Annual report of the Punjab Veterinary College and of the Civil Veterinary Department, Punjab - 1909-1919
Year: 1909
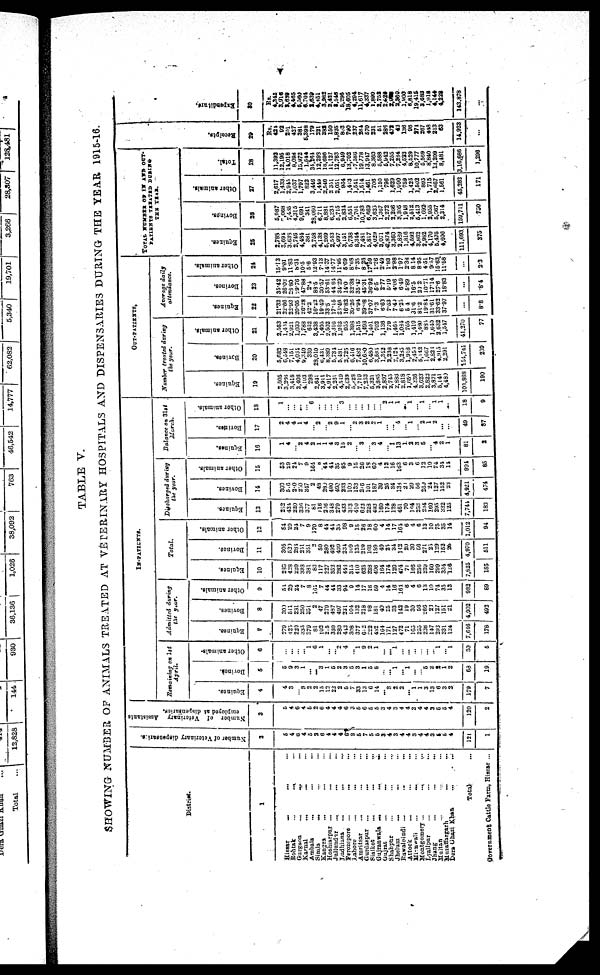
v
TABLE V.
SHOWING NUMBER OF ANIMALS TREATED AT VETERINARY HOSPITALS AND DISPENSARIES DURING THE YEAR 1915-16.
District.
1
Hissar
...
... ... ...
Rohtak
...
... ...
Gurgaon
...
... ...
Karnal
...
...
...
Ambala
...
Simla
...
...
Kangra ... ...
Hoshiarpur ... ... ...
Jullundar ... ... ...
Ludhiana
...
...
Ferozepore
... ... ...
Lahore ... ...
Amritsar
... ... ...
Gurdaspur ... ...
Sialkot ... ... ...
Gujranwala ...
...
...
Gujrat
... ... ..
Shahpur ... ... ...
Jhelum
...
Rawalpindi ...
Attock ... ... ...
Mianwali
...
... ...
Montgomery ...
Lyallpur ... ... ...
Jhang ... ... ...
Multan ... ... ...
Muzaffargarh ... ...
Dera Ghazi Khan
...
...
Total ...
Government
Cattle Farm, Hiasar ...
Number
of Veterinary dispenearies.
2
5
4
6
4
5
2
6
4
4
4
6
3
5
7
5
5
3
4
3
4
4
3
4
4
3
5 5
4
121
1
Number of Vetorinary Assistants
employed at dispeneäries.
3
5
4
6
4
6
2
6
4
4
4
6
3
5
6
5
5
3
4
3
4
4
2
4
4
3
5
5
4
120
2
IN-PATIENTS.
Remaining on 1st
April.
Equines.
4
4
3
... 3
2
2
15
12
22
2
5
7
33
13
6
14
... 3
2
2
... 1
1
3
13
6
3
2
179
7
Bovines.
5
5
9
3
1
...
... 3
1
5
2
3
5
3
1
5
5
..
... 1
... 1
...
5
2
2
1
2
68
19
Other animals-
6
... ...
...
... 1
6
1
...
2
4
... 1
9
2
1
...
... 1
...
...
...
...
...
... 1
... 1
30
5
Admitted
during
the year.
Equines.
7
279
425
220
335
379
81
102
2 5
330
280
443
308
377
612
222
482
164
171
127
472
71
165
255
238
147
293
331
124
7,646
178
Bovines.
8
300
511
281
250
351
2
47
279
487
497
231
104
132
218
98
181
40
25
33
142
19
39
58
266
23
127
151
21
4,902
492
Other animals.
9
51
29
24
7
8
... 7
44
41
33
94
9
14
17
16
59
4
14
16
164
6
4
6
13
10
74
35
13
982
89
Total.
Equines.
10
286
428
220
333
381
83
117
227
352
282
448
315
410
625
223
496
164
174
129
474
71
166
256
239
160
299
334
126
7,825
185
Bovines.
11
305
520
284
251
351
2 50
280
492
490
234
169
135
219
103
189
40
25
34
142
20
30
56
271
25
129
152
26
4,970
511
Other animals.
12
54
29
24
7
9
170
8
44
41
35
98
9
15
26
18
60
4
14
17
164
6
4
6
13
10
75
35
14
1,042
94
Discharged
during
the year.
Equines.
13
282
424
220
336
377
81
116
226
348
279
433
313
410
622
228
493 160
174
128
461
70
164
253
234
160
295
332
125
7,744
186
Bovines,
14
303
5 6
2 0
250
347
2
48
280
490
490
233
109
133
216
101
187
39
...... 34
138
20
29
56
260
24
127
152
23
4,921
474
Other animals.
15
53
29
24
.. 9
164
8
44
44
35
95
9
15
26
18
60
4
12
16
163
6
3
6
12
10
74
34
14
994
85
Balance on 31st
March.
Equines.
16
1
4
... 2
4
2
1
1
4
3
15
2
..... 3
...... 3
4
...... 1
13
1
2
3
5
.. 4
2
1
81
2
Bovines.
17
2
4
4
1
4
... 2
.... 2
9
1
... 2
3
2
... 1
...
... 4
... 1
.. 2
1
2
...
...
49
97
Othor animals.
13
1
...
...
...
.. 6
...
...
....
.... 3
...
....
...
....
...
... 2
1
1
... 1
.. 1
... 1
1
....
18
9
OUT-PATIENTS.
Number treated during
the year.
Equines.
19
2,505
3.266
3,418
2,408
4,103
298
2,641
3,911
4,917
2,260
4,519
2,539
5,829
7,719
7,253
5,321
3,865
2,897
2,745
2,883
2,818
1,659
4,336
3,623
2,822
3,871
5,141
4,480
103,868
190
Bovines.
20
5,682
6,548
7,151
4,054
9,310
339
23,010
6,434
8,389
5,734
5,481
2,725
6,416
7,482
10,680
6,480
3,585
1,342
2,238
2,124
3,285
1,918
2,455
5,142
1,667
2,821
2,915
2,291
151,741
239
Other animals.
21
2,563
1,494
2.921
1,039
1,788
652
3,438
1,405
2,502
2,316
1,853
955
1,398
1,515
1,496
1,401
702
1,136
779
1,465
1,084
765
1,419
1,480
885
1,640
2,632
1,547
41,270
77
Average daily
attendance.
Equines.
22
21.32
22.66
22.93
20.05
26.28
42.2
16.22
19.49
33.5
17.15
33.46
16.82
30.26
6.94
39.08
37.07
7.3
6.63
7.53
7.40
6.25
5.4
31.6
81.2
19.84
31.61
33.62
37.97
...
8.8
Bovines.
23
35.42
26.02
28.80
29.76
47.88
2.4
88.5
30.57
53.61
44.64
34.29
14.0
32.38
35.47
45.31
36.92
5.5
2.77
5.19
4.06
6.49
5.89
16.5
20.2
10.71
17.14
27.6
18.83
...
8.4
Other animals.
24
15.13
9.91
11.83
8.31
10.5
5.6
12.93
7.13
14.37
14.77
11.95
5.69
8.68
7.35
8.26
17.59
1.26
2.49
1.83
2.98
1.97
2.38
8.14
8.95
4.51
9.57
15.63
11.68
2.3
TOTAL NUMBER OF IN AND OUT-
PATIENTS TERATED DURING
THE YEAR.
Equines.
25
2,788
3,694
3,633
2,746
4,434
381
2,758
4,133
5,269
2,543
4,997
3,151
5,738
8,344
7,481
5,817
4,029
3,071
2,874
3,360
2,889
1,816
4,592
3,862
2,982
4,170
5,475
4,606
111,693
375
Bovines.
26
5,987
7,068
7,435
4,315
9,691
341
28,060
6,711
8,881
6,233
5,715
2,834
6,551
7,704
10,783
6,669
3,625
1,367
2,272
2,266
3,305
1,918
2,512
5,413
1.692
2,955
5,067
2,314
159,711
750
Other animals.
27
2,617
1,433
2,945
1,037
1,797
822
3,446
1,449
2,546
2 351
2,051
964
1,413
1,541
1,514
1,461
706
1,150
796
1,629
1,090
759
1,425
1,502
895
1,715
2,667
1,581
45,282
171
Total.
28
11,392
12,195
14,018
8,098
15,972
1,544
31,264
12,298
16,696
11,127
12,763
6,949
13,702
7,586
19,778
13,947
8,360
5,588
5,942
7,255
7,234
4,523
8,529
10,777
5,569
8,840
13,209
8,481
3,16,686
1,296
Recei pt s.
29
Rs.
424
92
291
427
381
5,398
179
221
382
150
1,825
803
790
237
264
570
231
51
286
472
42
136
96
274
267
448
213
63
14,923
...
Expendi t
ur e.
30
Rs.
4,342
3,916
3,639
4,465
5,560
6,705
2,639
4,451
3,982
2,421
8,545
5,296
18,605
4,294
11,617
4,337
1,890
2,752
2,628
2,9
2,360
1,900
6,818
19,415
3,683
1,918
4,144
4,228
143,878
...